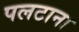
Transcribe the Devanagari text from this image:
पलटाना